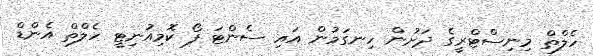
ހެލްތް މިނިސްޓްރީގެ ދަށުން ހިނގަމުން އައި ސެންޓަ ފޯ ކޮމިއުނިޓީ ހެލްތް އެންޑް